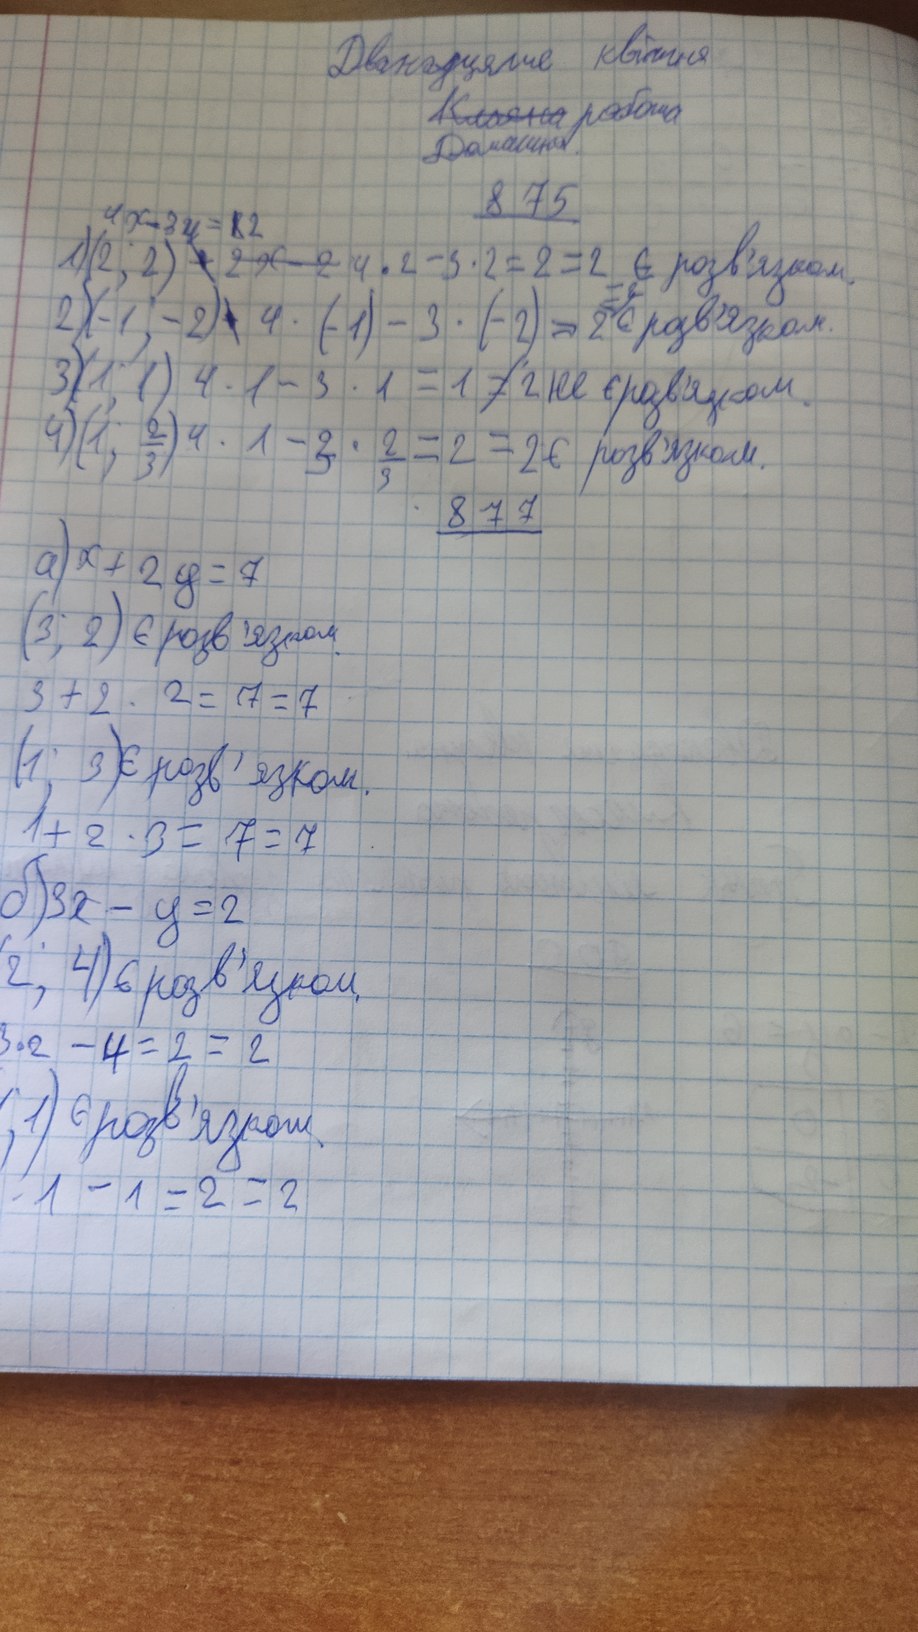
Дванадцяте квітня
~~Класна~~ робота
Домашняя
8.75
1) ( 2;2) ~~∗~~{4х-3y=R2}~~2x-2~~ 4∗2-3∗2=2=2=2 є розв’язком
2) (-1; -2)  ~~∗~~4 · (-1) - 3 · (-2) = 20 є розв’язком
3) (1; 1) 4 · 1 - 3 · 1 = 1 ≠ 2 не є розв’язком.
4) (1; 2/3) 4 * 1 - 3 * 2/3 = 2 = 2 є розв'язком.
877
a) x + 2y = 7
(3; 2) є розв'язком.
3 + 2 ∗2 = 7 = 7
(1; 3) є розв'язком
1 + 2 ∗ 3 = 7 = 7
б) 3x - y = 2
(2; 4) є розв'язком
3 • 2 - 4 = 2 = 2
; 1) є розв'язком
-1 - 1 = 2 = 2